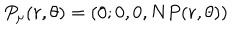
LaTeX: P _ { \mu } ( r , \theta ) = ( 0 ; 0 , 0 , N P ( r , \theta ) )